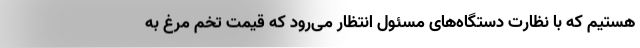
هستیم که با نظارت دستگاه‌های مسئول انتظار می‌رود که قیمت تخم مرغ به